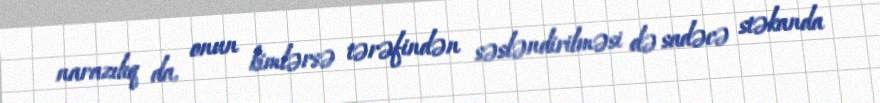
narazılıq da, onun kimlərsə tərəfindən səsləndirilməsi də sadəcə stəkanda